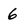
Character: 6